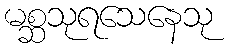
မစ္ဆသုရသေနေသု